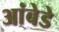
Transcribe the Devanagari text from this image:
आंबेडे